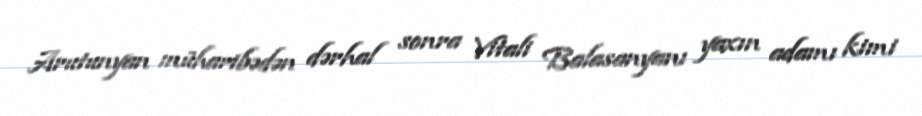
Arutunyan müharibədən dərhal sonra Vitali Balasanyanı yaxın adamı kimi